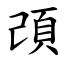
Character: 䪱